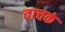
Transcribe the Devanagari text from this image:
वाचकं